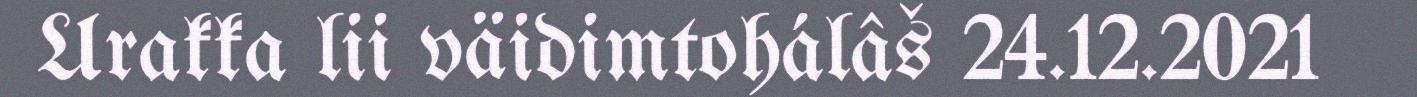
Urakka lii väidimtohálâš 24.12.2021